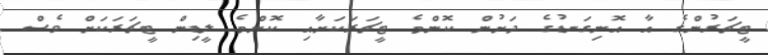
ޓީޗަރުންގެ އާ އޮނިގަނޑުގެ ދަށުން ކޮންމެ ޓީޗަރަކަށާއި ކޮންމެ ލީޑިން ޓީޗަރަކަށް ވެސް